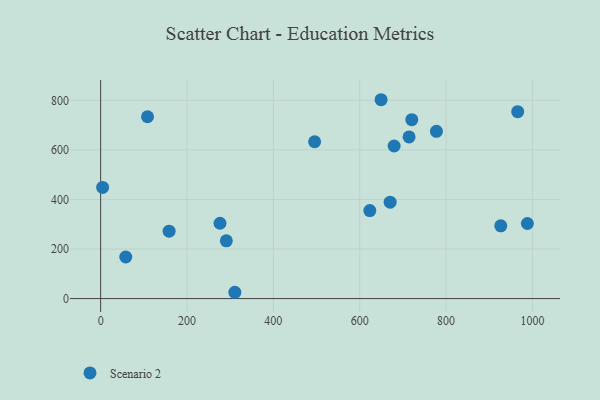
{"axis": {"x": "Ad Spend", "y": "Salary"}, "legend": ["Scenario 2"], "data": [{"x": "988.3", "y": 303.0, "type": "Scenario 2"}, {"x": "649.5", "y": 802.7, "type": "Scenario 2"}, {"x": "720.6", "y": 722.1, "type": "Scenario 2"}, {"x": "777.7", "y": 675.3, "type": "Scenario 2"}, {"x": "926.7", "y": 293.7, "type": "Scenario 2"}, {"x": "291.1", "y": 233.1, "type": "Scenario 2"}, {"x": "310.8", "y": 25.4, "type": "Scenario 2"}, {"x": "58.2", "y": 167.7, "type": "Scenario 2"}, {"x": "965.9", "y": 754.4, "type": "Scenario 2"}, {"x": "158.6", "y": 272.1, "type": "Scenario 2"}, {"x": "623.4", "y": 355.4, "type": "Scenario 2"}, {"x": "714.3", "y": 652.4, "type": "Scenario 2"}, {"x": "276.4", "y": 304.0, "type": "Scenario 2"}, {"x": "108.6", "y": 734.0, "type": "Scenario 2"}, {"x": "679.7", "y": 615.9, "type": "Scenario 2"}, {"x": "670.5", "y": 389.1, "type": "Scenario 2"}, {"x": "4.6", "y": 448.6, "type": "Scenario 2"}, {"x": "495.6", "y": 633.1, "type": "Scenario 2"}]}